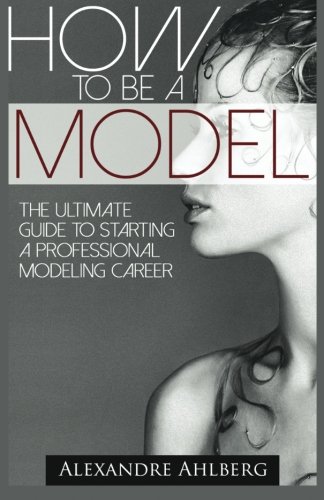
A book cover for How to Be a Model: The Ultimate Guide to Becoming a Model; Alexandre Ahlberg; Business & Money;